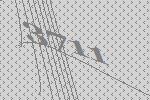
3711